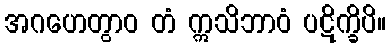
အဂဟေတွာဝ တံ ဣသိဘာဝံ ပဋိက္ခိပိ။